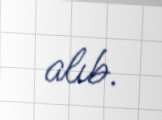
alıb.